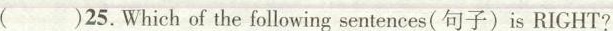
( )25.Which of the following sentences(句子)is RIGHT?